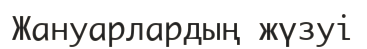
Жануарлардың жүзуі